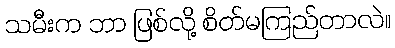
သမီးက ဘာ ဖြစ်လို့ စိတ်မကြည်တာလဲ။